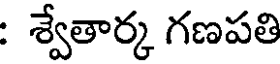
: శ్వేతార్క గణపతి